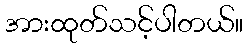
အားထုတ်သင့်ပါတယ်။